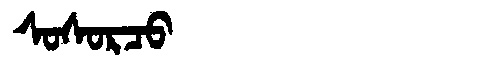
Manchu: ᠰᠣᠰᠣᡵᠴᠣ
Romanization: SOSORCO